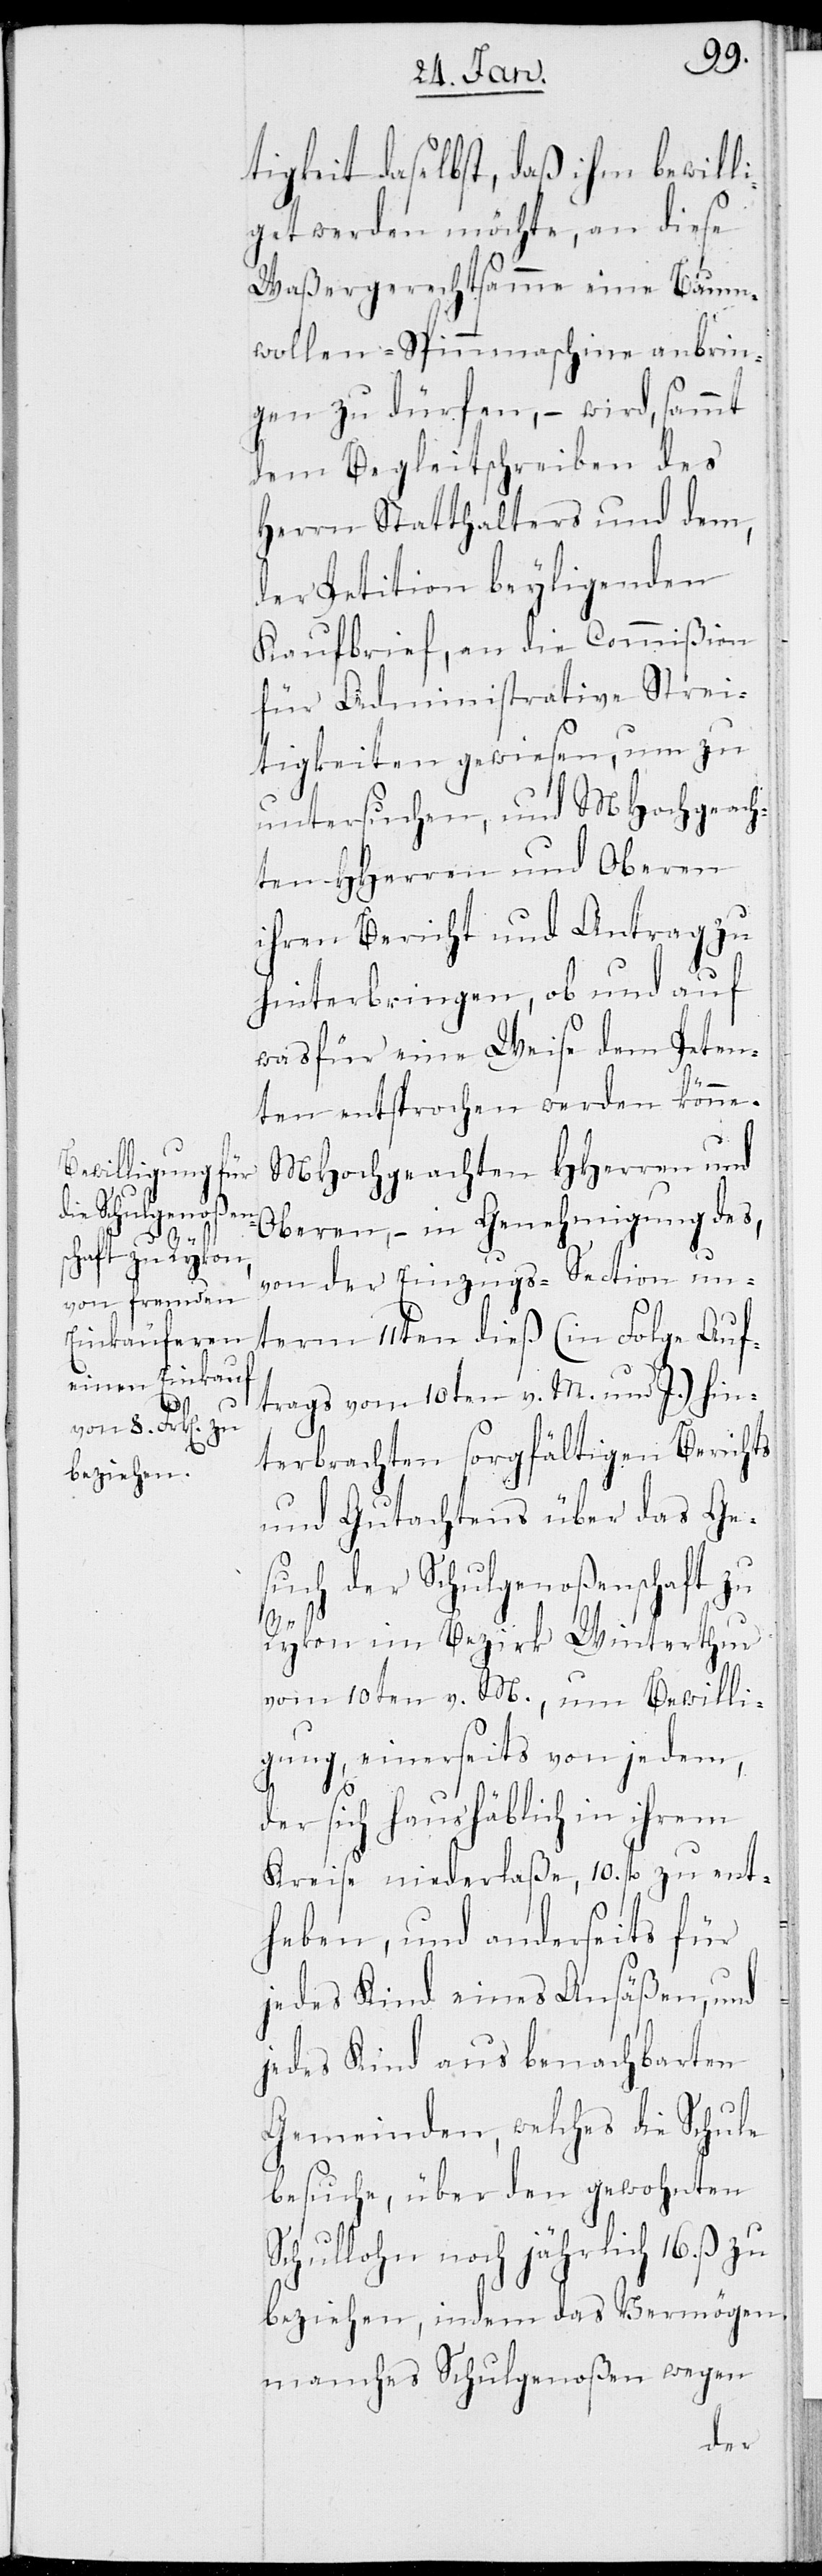
tigkeit daselbst, daß ihm bewill¬
iget werden möchte, an diese
Waßergerechtsamme eine Baum¬
wollen-Spinnmaschine anbrin¬
gen zu dürfen, – wird, sammt
dem Begleitschreiben des
Herrn Statthalters und dem,
der Petition beyligenden
Kaufbrief, an die Commißion
für Administrative Strei¬
tigkeiten gewiesen, um zu
untersuchen, und MHochgeach¬
ten HHerren und Oberen
ihren Bericht und Antrag zu
hinterbringen, ob und auf
was für eine Weise dem Peten¬
ten entsprochen werden könne.
MHochgeachten HHerren und
Oberen, – in Genehmigung des,
von der Einzugs-Section un¬
term 11ten dieß (in Folge Auf¬
trags vom 10ten v. M. und J.) hin¬
terbrachten sorgfältigen Berichts
und Gutachtens über das Ge¬
such der Schulgenoßenschaft zu
Rykon im Bezirk Winterthur
vom 10ten v. M., um Bewilli¬
gung, einerseits von jedem,
der sich haushäblich in ihrem
Kreise niederlaße, 10. fl. zu ent¬
heben, und anderseits für
jedes Kind eines Ansäßen, und
jedes Kind aus benachbarten
Gemeinden, welches die Schule
besuche, über den gewohnten
Schullohn noch jährlich 16. ß zu
beziehen, indem das Vermögen
manches Schulgenoßen wegen